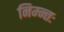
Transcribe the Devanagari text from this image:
निम्न्तः